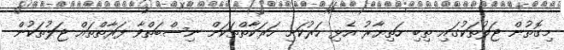
މިގޮތުން ޖަލުތަކުގައި ތިބި ހަތިޔާރު އެޅި ހަރުކަށި ހަރަކާތްތަކަށް ނިސްބަތްވާ ފަރާތްތައް ޖަލުތަކުން